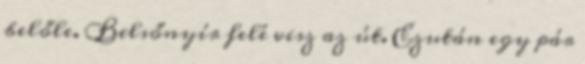
belőle. Belsőnyír felé visz az út. Ezután egy pár